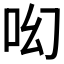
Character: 𠯻